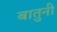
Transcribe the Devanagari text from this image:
बातुनी